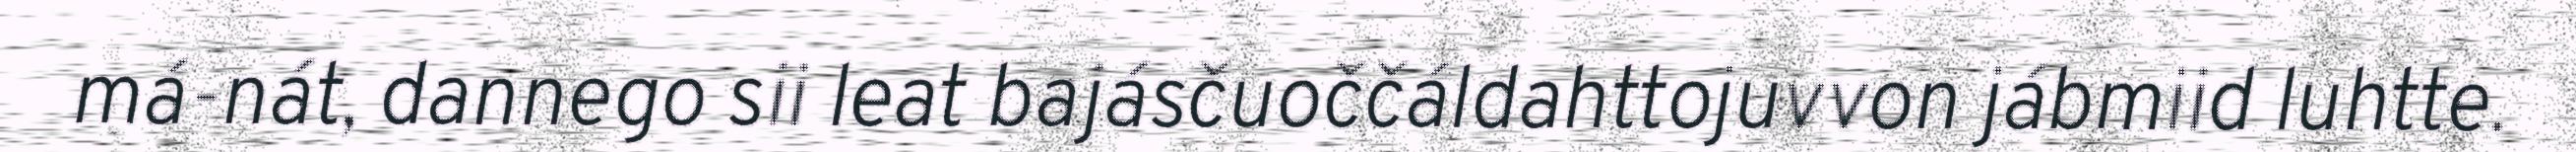
má-nát, dannego sii leat bajásčuoččáldahttojuvvon jábmiid luhtte.